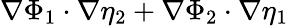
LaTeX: \nabla\Phi_{1}\cdot\nabla\eta_{2}+\nabla\Phi_{2}\cdot\nabla\eta_{1}